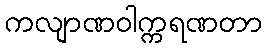
ကလျာဏဝါက္ကရဏတာ